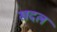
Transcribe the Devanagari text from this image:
खदल